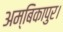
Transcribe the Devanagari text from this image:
अम्बिकापुर।